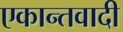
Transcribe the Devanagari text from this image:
एकान्तवादी